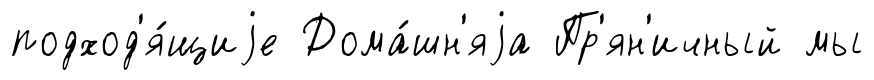
подход'я́щиjе Дома́шн'яjа Пр'ян'ичный мы